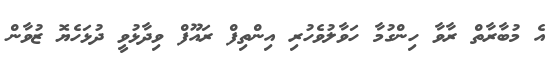
އެ މުބާރާތް ރާވާ ހިންގުމާ ހަވާލުވެހުރި އިންތިފް ރައޫފް ވިދާޅުވީ ދުޅަހެޔޮ ޒުވާން